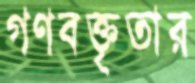
গণবক্তৃতার